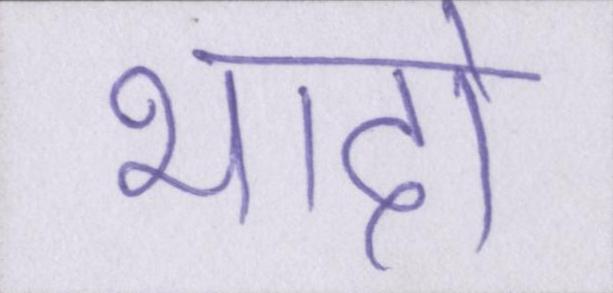
भादो